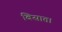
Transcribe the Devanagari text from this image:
बिसात।